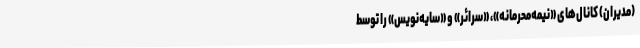
(مدیران) کانال‌های «نیمه‌محرمانه»، «سرائر» و «سایه‌نویس» را توسط